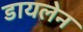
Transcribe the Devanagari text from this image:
डायलेन